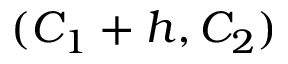
( C _ { 1 } + h , C _ { 2 } )